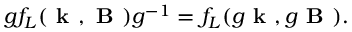
g f _ { L } ( \textbf { k } , \textbf { B } ) g ^ { - 1 } = f _ { L } ( g \textbf { k } , g \textbf { B } ) .